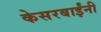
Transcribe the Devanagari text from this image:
केसरबाईंनी